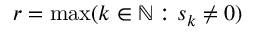
r = \mathrm { m a x } ( k \in \mathbb { N } : s _ { k } \neq 0 )